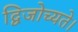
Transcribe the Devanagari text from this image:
द्विजोच्यते।